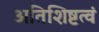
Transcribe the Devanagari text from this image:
अतिशिष्टत्वं